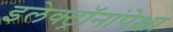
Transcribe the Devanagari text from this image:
इलेक्ट्रॉनांपेक्षा